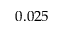
0 . 0 2 5